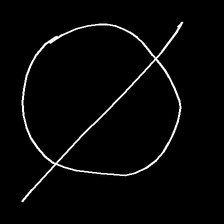
Glyph: orb